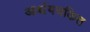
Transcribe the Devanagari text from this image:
आर्श्चयचकित